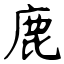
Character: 鹿